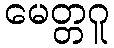
မေတ္တဂူ